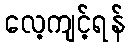
လေ့ကျင့်ရန်